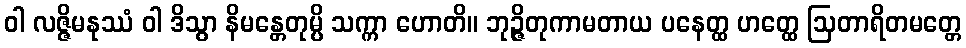
ဝါ လဇ္ဇိမနုဿံ ဝါ ဒိသွာ နိမန္တေတုမ္ပိ သက္ကာ ဟောတိ။ ဘုဉ္ဇိတုကာမတာယ ပနေတ္ထ ဟတ္ထေ ဩတာရိတမတ္တေ